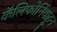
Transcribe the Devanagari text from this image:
कॅलिफोर्नियाहून